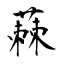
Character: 蕀